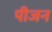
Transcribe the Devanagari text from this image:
पीजन